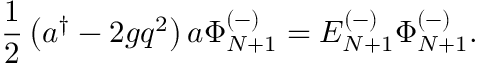
{ \frac { 1 } { 2 } } \left( a ^ { \dagger } - 2 g q ^ { 2 } \right) a \Phi _ { N + 1 } ^ { ( - ) } = E _ { N + 1 } ^ { ( - ) } \Phi _ { N + 1 } ^ { ( - ) } .